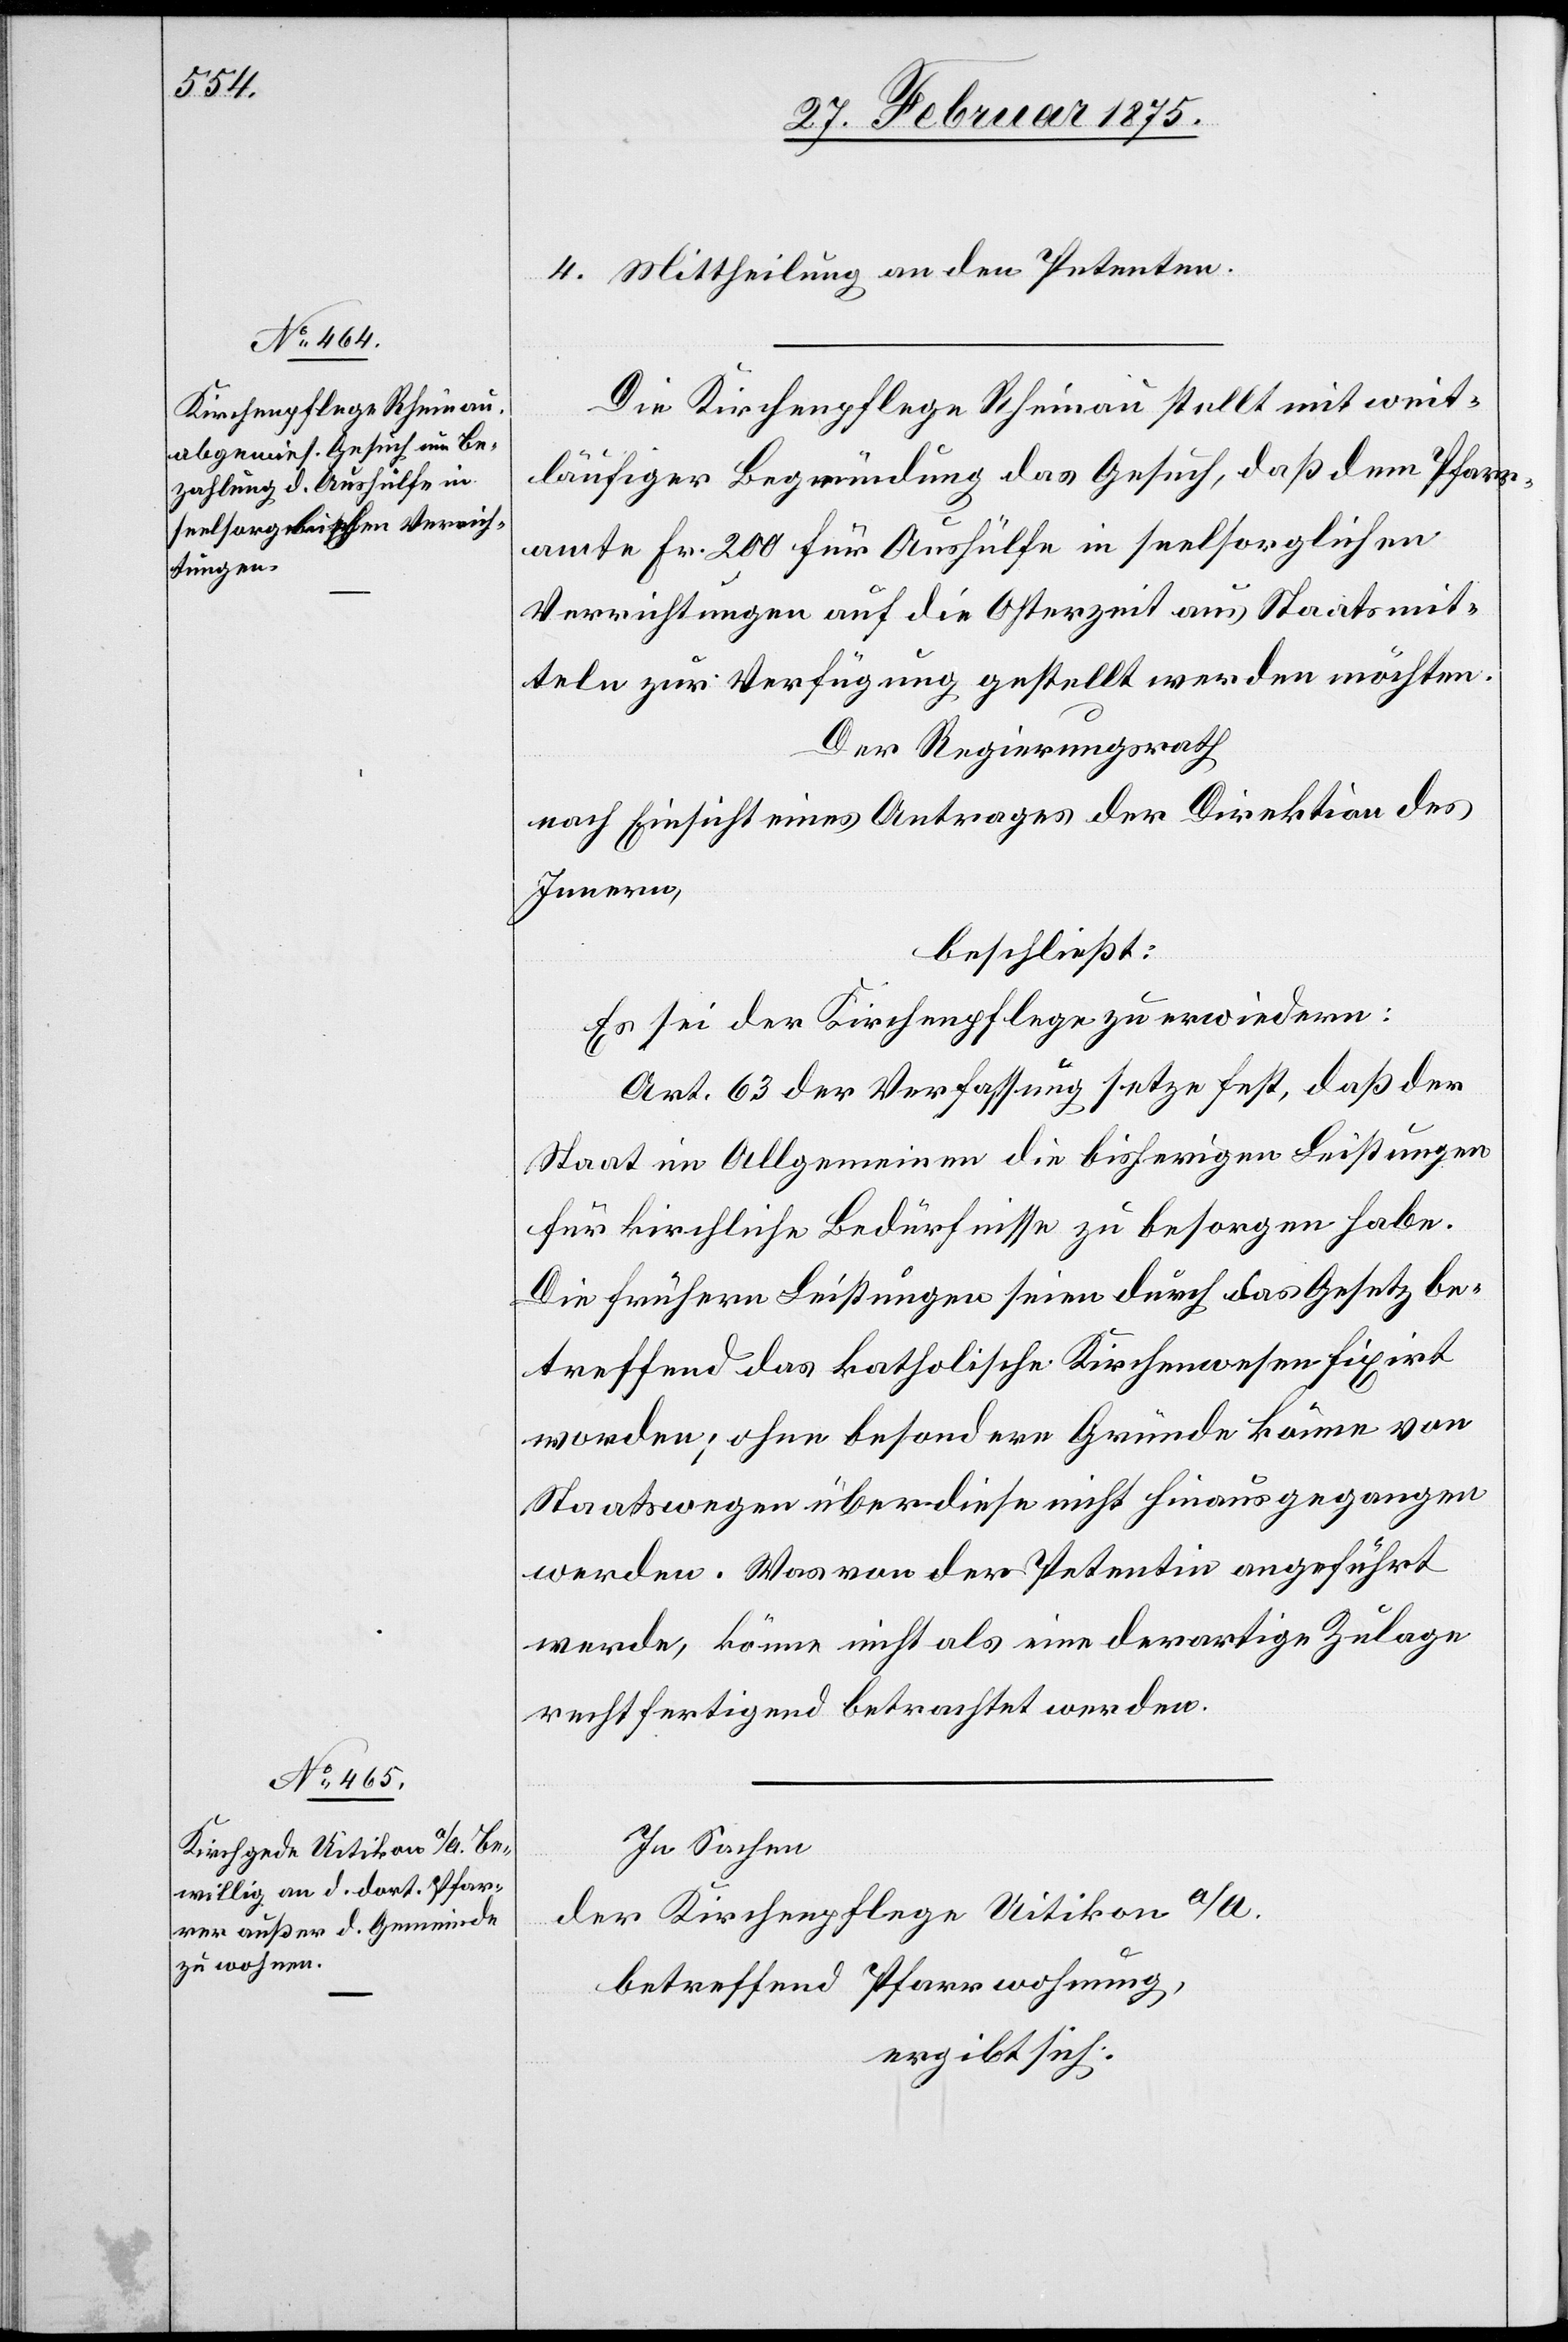
4. Mittheilung an den Petenten.
Die Kirchenpflege Rheinau stellt mit weit¬
läufiger Begründung das Gesuch, daß dem Pfarr¬
amte Fr. 200 für Aushülfe in seelsorglichen
Verrichtungen auf die Osterzeit aus Staatsmit¬
teln zur Verfügung gestellt werden möchten.
Der Regierungsrath
nach Einsicht eines Antrages der Direktion des
Innern,
beschließt:
Es sei der Kirchenpflege zu erwiedern:
Art. 63 der Verfassung setze fest, daß der
Staat im Allgemeinen die bisherigen Leistungen
für kirchliche Bedürfnisse zu besorgen habe.
Die frühern Leistungen seien durch das Gesetz be¬
treffend das katholische Kirchenwesen fixirt
worden; ohne besondere Gründe könne von
Staatswegen über diese nicht hinausgegangen
werden. Was von der Petentin angeführt
werde, könne nicht als eine derartige Zulage
rechtfertigend betrachtet werden.
In Sachen
der Kirchenpflege Uitikon
betreffend Pfarrwohnung,
ergibt sich: